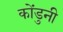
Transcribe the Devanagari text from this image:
कोंडुनी